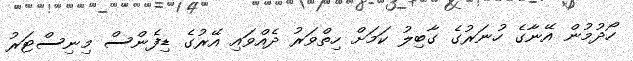
ހޯދުމުން އޭނާގެ ހުނަރުގެ ގާބިލު ކަމަށް ހިތްވަރު ދެއްވައި އޭރުގެ ޑިފެންސް މިނިސްޓަރު